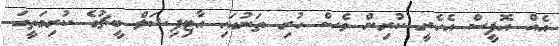
އެއް އޮފީސް އެހެރީ ކުރިން ވެސް ހުރި ތަނުގައި އާޓިފިޝަލް ބީޗުގެ ކުރިމަތީގަ